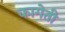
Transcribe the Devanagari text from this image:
कागेती